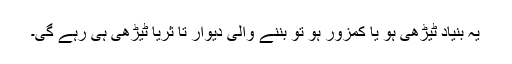
یہ بنیاد ٹیڑھی ہو یا کمزور ہو تو بننے والی دیوار تا ثریا ٹیڑھی ہی رہے گی۔